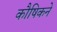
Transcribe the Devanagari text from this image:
कौषिकने